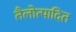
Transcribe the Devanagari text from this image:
तैलोत्पादित